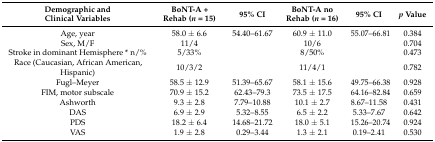
<table><thead><tr><td><b>Demographic andClinical Variables</b></td><td><b>BoNT-A + Rehab (<i>n</i> = 15)</b></td><td><b>95% CI</b></td><td><b>BoNT-A no Rehab (<i>n</i> = 16)</b></td><td><b>95% CI</b></td><td><b><i>p</i> Value</b></td></tr></thead><tbody><tr><td>Age, year</td><td>58.0 ± 6.6</td><td>54.40–61.67</td><td>60.9 ± 11.0</td><td>55.07–66.81</td><td>0.384</td></tr><tr><td>Sex, M/F</td><td>11/4</td><td></td><td>10/6</td><td></td><td>0.704</td></tr><tr><td>Stroke in dominant Hemisphere * n/%</td><td>5/33%</td><td></td><td>8/50%</td><td></td><td>0.473</td></tr><tr><td>Race (Caucasian, African American, Hispanic)</td><td>10/3/2</td><td></td><td>11/4/1</td><td></td><td>0.782</td></tr><tr><td>Fugl–Meyer</td><td>58.5 ± 12.9</td><td>51.39–65.67</td><td>58.1 ± 15.6</td><td>49.75–66.38</td><td>0.928</td></tr><tr><td>FIM, motor subscale</td><td>70.9 ± 15.2</td><td>62.43–79.3</td><td>73.5 ± 17.5</td><td>64.16–82.84</td><td>0.659</td></tr><tr><td>Ashworth</td><td>9.3 ± 2.8</td><td>7.79–10.88</td><td>10.1 ± 2.7</td><td>8.67–11.58</td><td>0.431</td></tr><tr><td>DAS</td><td>6.9 ± 2.9</td><td>5.32–8.55</td><td>6.5 ± 2.2</td><td>5.33–7.67</td><td>0.642</td></tr><tr><td>PDS</td><td>18.2 ± 6.4</td><td>14.68–21.72</td><td>18.0 ± 5.1</td><td>15.26–20.74</td><td>0.924</td></tr><tr><td>VAS</td><td>1.9 ± 2.8</td><td>0.29–3.44</td><td>1.3 ± 2.1</td><td>0.19–2.41</td><td>0.530</td></tr></tbody></table>